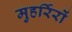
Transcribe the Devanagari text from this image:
मुहर्रिरों